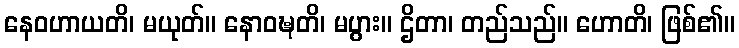
နေဝဟာယတိ၊ မယုတ်။ နောဝဍ္ဎတိ၊ မပွား။ ဌိတာ၊ တည်သည်။ ဟောတိ၊ ဖြစ်၏။